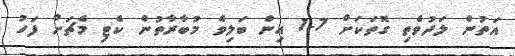
އަތުން ލަދުވެތި ގޮތަކަށް 7-1 އިން ބަލިވެ މުބާރާތުން ކެޓި މެޗަށް ފަހު